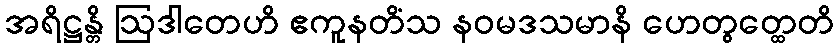
အရိဋ္ဌန္တိ ဩဒါတေဟိ ဧကူနတိံသ နဝမဒသမာနိ ဟေတွတ္ထေတိ